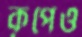
কূপেও